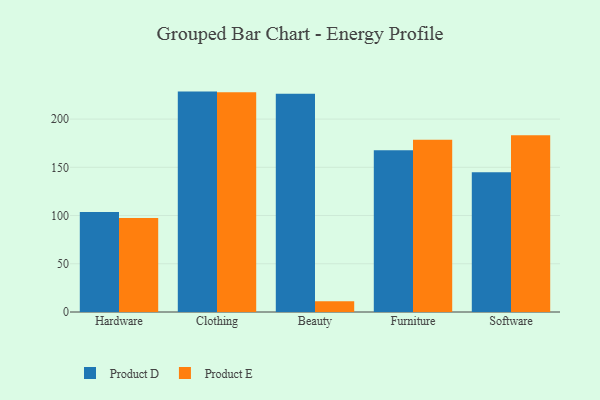
{"axis": {"x": "Category", "y": "Operating Costs (USD K)"}, "legend": ["Product D", "Product E"], "data": [{"x": "Hardware", "y": 103.7, "type": "Product D"}, {"x": "Hardware", "y": 97.5, "type": "Product E"}, {"x": "Clothing", "y": 228.5, "type": "Product D"}, {"x": "Clothing", "y": 227.9, "type": "Product E"}, {"x": "Beauty", "y": 226.3, "type": "Product D"}, {"x": "Beauty", "y": 11.1, "type": "Product E"}, {"x": "Furniture", "y": 167.8, "type": "Product D"}, {"x": "Furniture", "y": 178.7, "type": "Product E"}, {"x": "Software", "y": 145.0, "type": "Product D"}, {"x": "Software", "y": 183.3, "type": "Product E"}]}